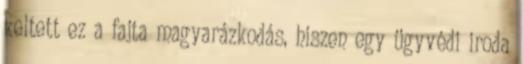
keltett ez a fajta magyarázkodás, hiszen egy ügyvédi iroda